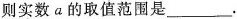
则实数a的取值范围是___.